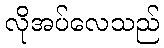
လိုအပ်လေသည်